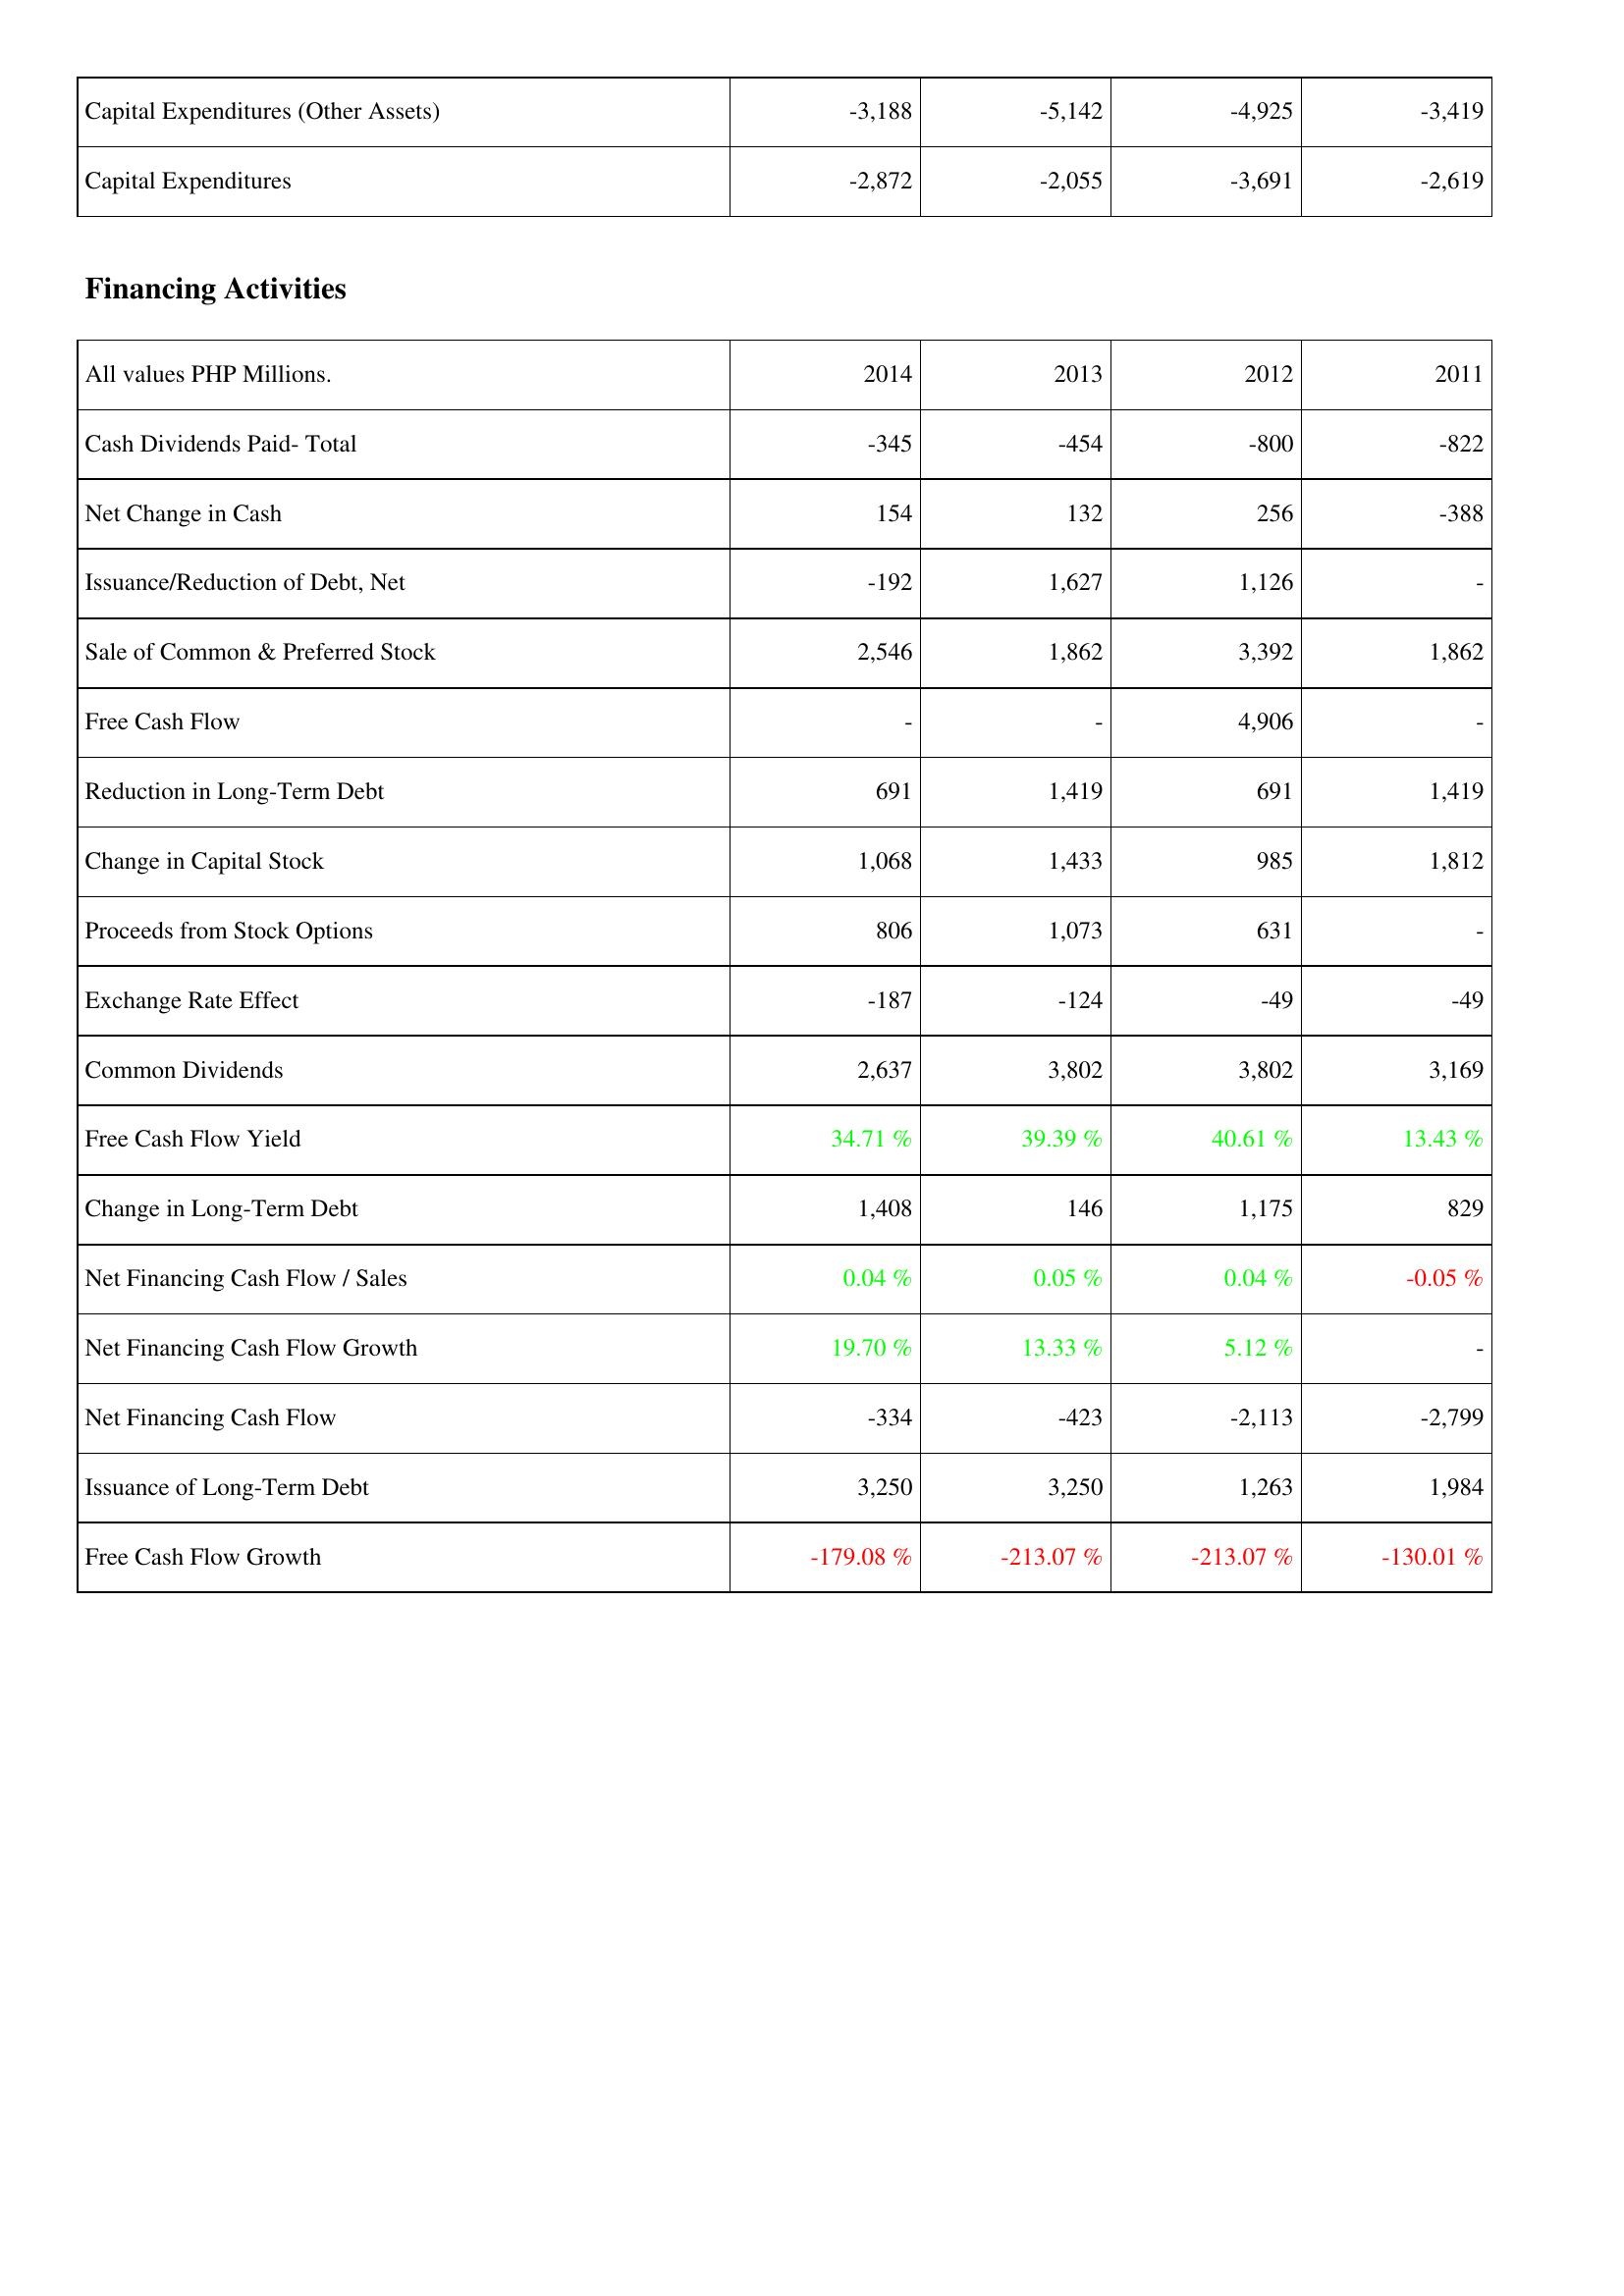
2014: Investing Activities: Capital Expenditures (Other Assets): -3,188
Capital Expenditures: -2,872
Financing Activities: Cash Dividends Paid- Total: -345
Net Change in Cash: 154
Issuance/Reduction of Debt, Net: -192
Sale of Common & Preferred Stock: 2,546
Free Cash Flow: -
Reduction in Long-Term Debt: 691
Change in Capital Stock: 1,068
Proceeds from Stock Options: 806
Exchange Rate Effect: -187
Common Dividends: 2,637
Free Cash Flow Yield: 34.71 %
Change in Long-Term Debt: 1,408
Net Financing Cash Flow / Sales: 0.04 %
Net Financing Cash Flow Growth: 19.70 %
Net Financing Cash Flow: -334
Issuance of Long-Term Debt: 3,250
Free Cash Flow Growth: -179.08 %
2013: Investing Activities: Capital Expenditures (Other Assets): -5,142
Capital Expenditures: -2,055
Financing Activities: Cash Dividends Paid- Total: -454
Net Change in Cash: 132
Issuance/Reduction of Debt, Net: 1,627
Sale of Common & Preferred Stock: 1,862
Free Cash Flow: -
Reduction in Long-Term Debt: 1,419
Change in Capital Stock: 1,433
Proceeds from Stock Options: 1,073
Exchange Rate Effect: -124
Common Dividends: 3,802
Free Cash Flow Yield: 39.39 %
Change in Long-Term Debt: 146
Net Financing Cash Flow / Sales: 0.05 %
Net Financing Cash Flow Growth: 13.33 %
Net Financing Cash Flow: -423
Issuance of Long-Term Debt: 3,250
Free Cash Flow Growth: -213.07 %
2012: Investing Activities: Capital Expenditures (Other Assets): -4,925
Capital Expenditures: -3,691
Financing Activities: Cash Dividends Paid- Total: -800
Net Change in Cash: 256
Issuance/Reduction of Debt, Net: 1,126
Sale of Common & Preferred Stock: 3,392
Free Cash Flow: 4,906
Reduction in Long-Term Debt: 691
Change in Capital Stock: 985
Proceeds from Stock Options: 631
Exchange Rate Effect: -49
Common Dividends: 3,802
Free Cash Flow Yield: 40.61 %
Change in Long-Term Debt: 1,175
Net Financing Cash Flow / Sales: 0.04 %
Net Financing Cash Flow Growth: 5.12 %
Net Financing Cash Flow: -2,113
Issuance of Long-Term Debt: 1,263
Free Cash Flow Growth: -213.07 %
2011: Investing Activities: Capital Expenditures (Other Assets): -3,419
Capital Expenditures: -2,619
Financing Activities: Cash Dividends Paid- Total: -822
Net Change in Cash: -388
Issuance/Reduction of Debt, Net: -
Sale of Common & Preferred Stock: 1,862
Free Cash Flow: -
Reduction in Long-Term Debt: 1,419
Change in Capital Stock: 1,812
Proceeds from Stock Options: -
Exchange Rate Effect: -49
Common Dividends: 3,169
Free Cash Flow Yield: 13.43 %
Change in Long-Term Debt: 829
Net Financing Cash Flow / Sales: -0.05 %
Net Financing Cash Flow Growth: -
Net Financing Cash Flow: -2,799
Issuance of Long-Term Debt: 1,984
Free Cash Flow Growth: -130.01 %